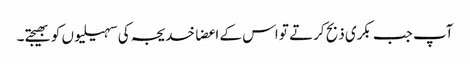
آپ جب بکری ذبح کرتے تو اس کے اعضا خدیجہ کی سہیلیوں کو بھیجتے۔